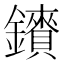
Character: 𮣠